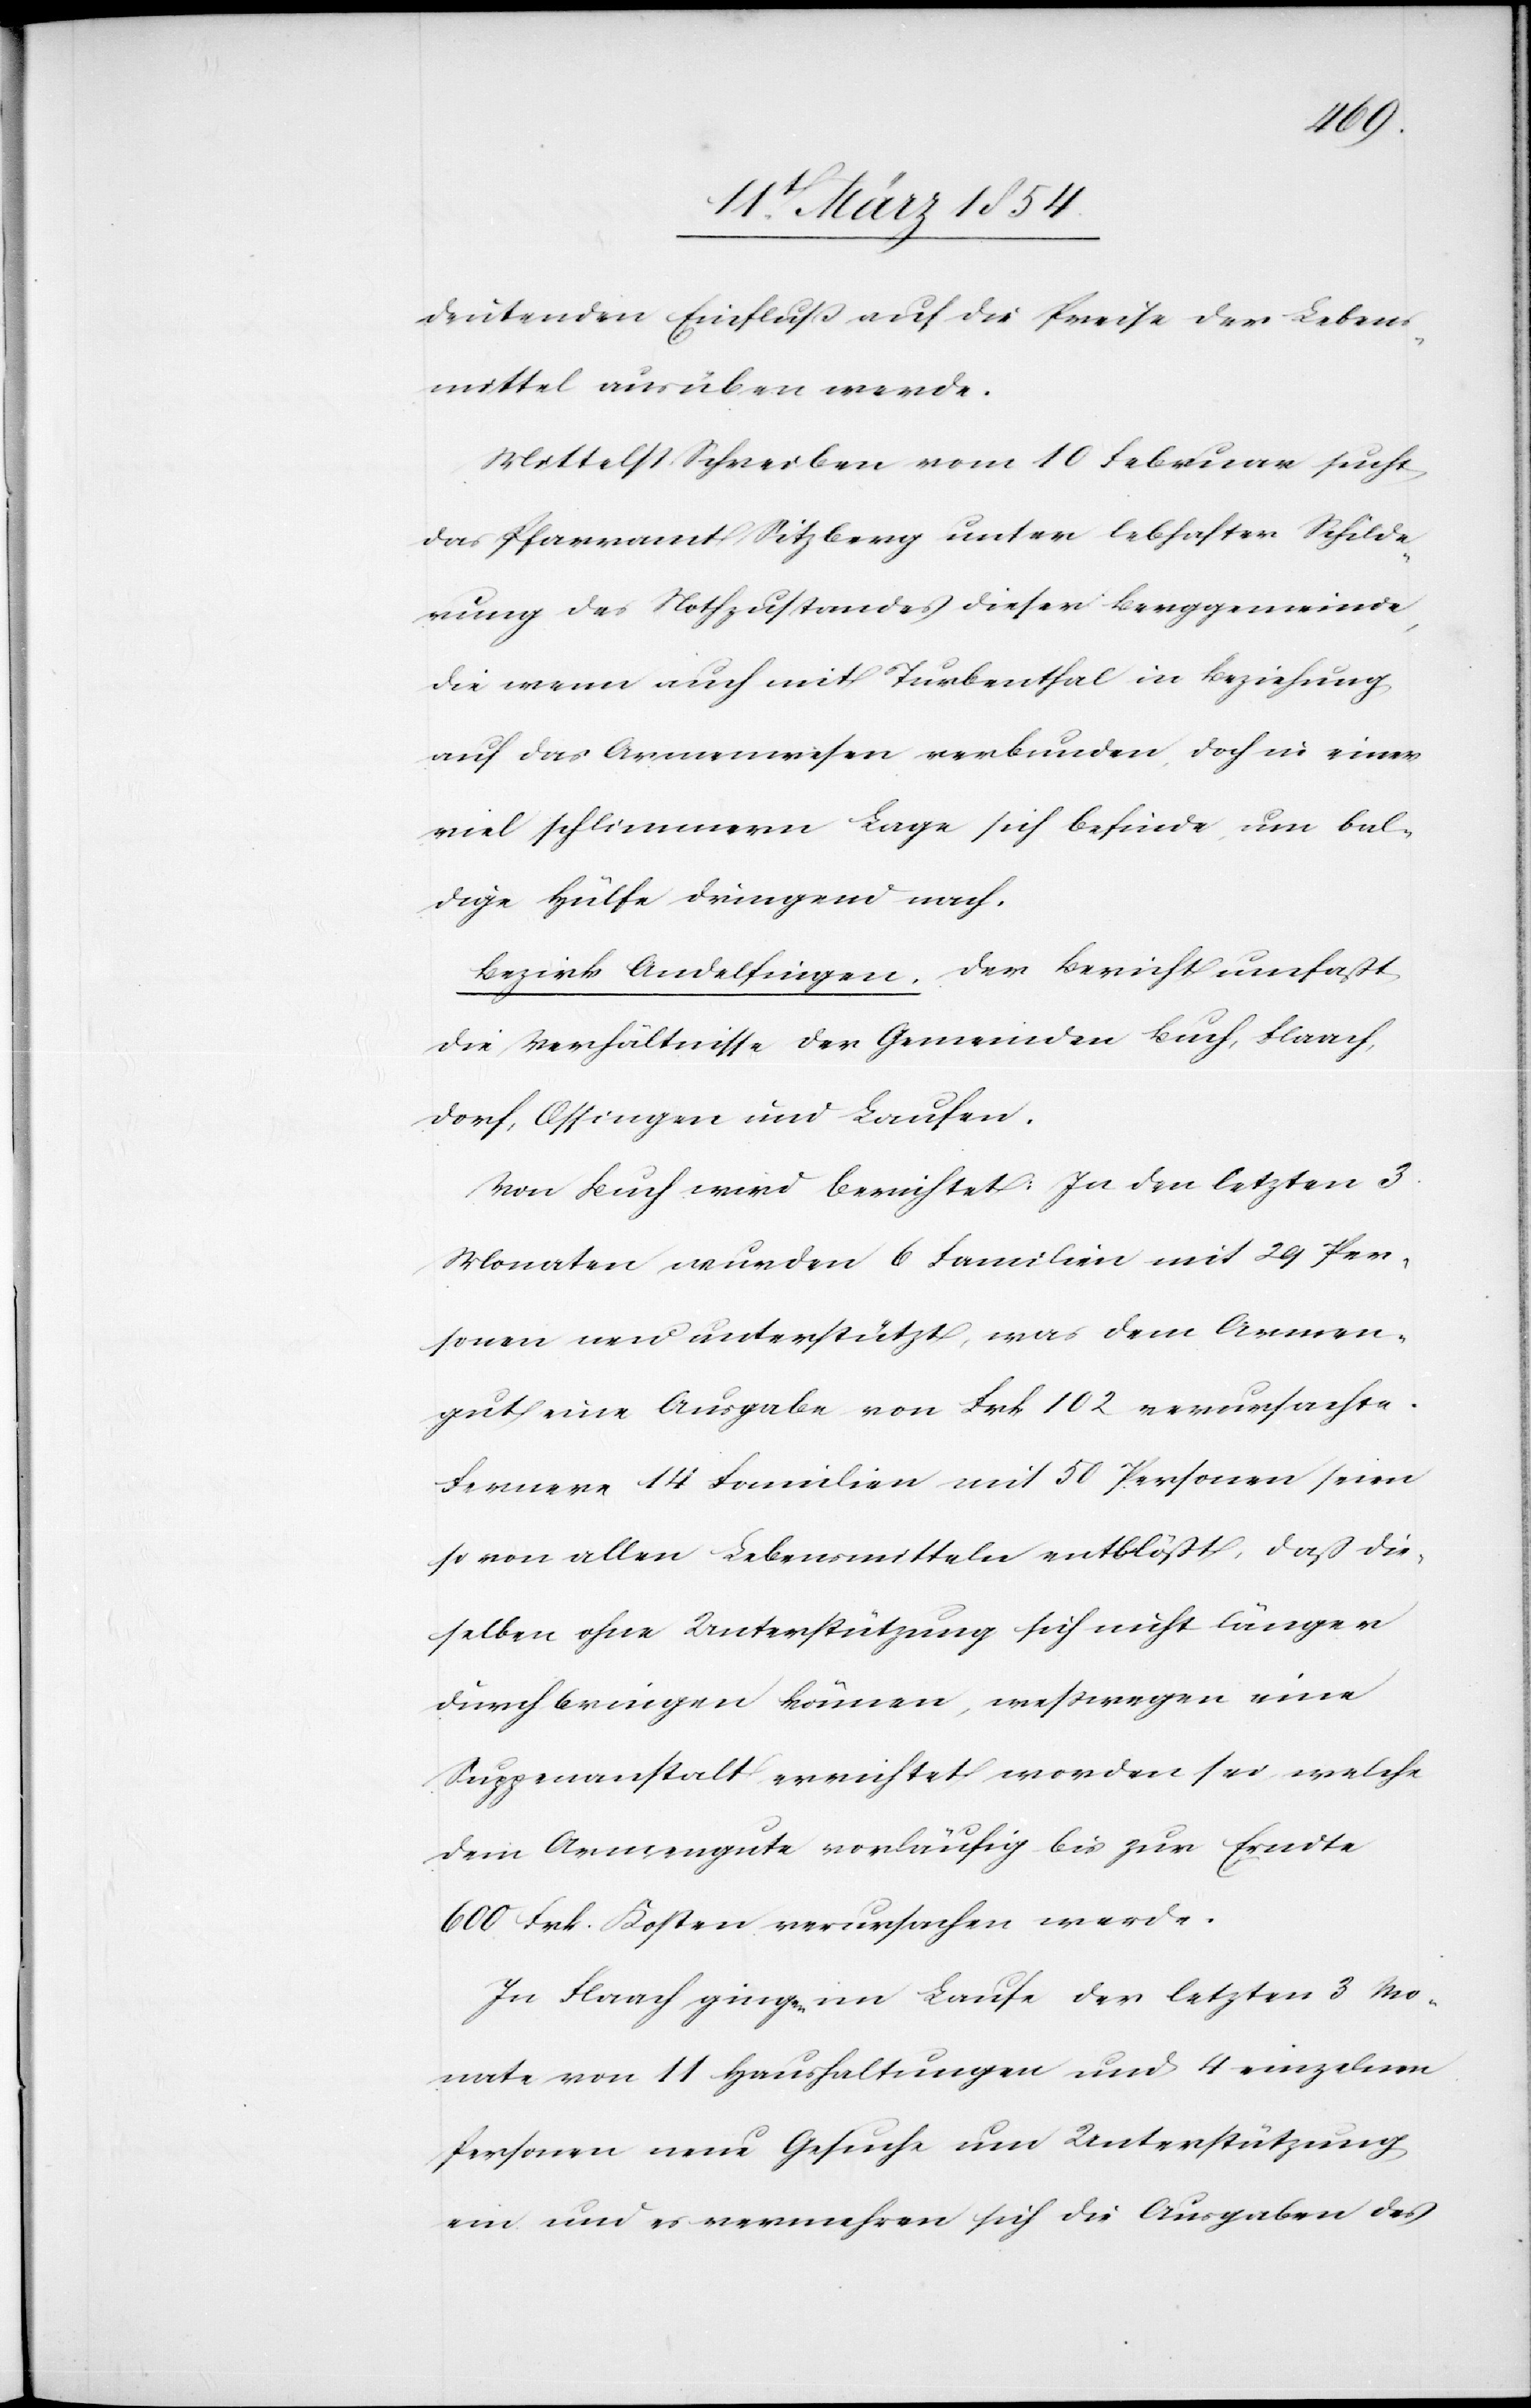
deutenden Einfluß auf die Preise der Lebens¬
mittel ausüben werde.
Mittelst Schreiben vom 10 Februar sucht
das Pfarramt Sitzberg unter lebhafter Schilde¬
rung des Nothzustandes dieser Berggemeinde,
die wenn auch mit Turbenthal in Beziehung
auf das Armenwesen verbunden, doch in einer
viel schlimmern Lage sich befinde, um bal¬
dige Hülfe dringend nach.
Bezirk Andelfingen. Der Bericht umfaßt
die Verhältnisse der Gemeinden Buch, Flaach,
Dorf, Ossingen und Laufen.
Monaten wurden 6 Familien mit 29 Per¬
sonen neu unterstützt, was dem Armen¬
gut eine Ausgabe von Frk 102 verursachte.
Ferner 14 Familien mit 50 Personen seien
so von allen Lebensmitteln entblößt, daß die¬
selben ohne Unterstützung sich nicht länger
durchbringen können, weßwegen eine
Suppenanstalt errichtet worden sei, welche
dem Armengute vorläufig bis zur Erndte
600 Frk. Kosten verursachen werde.
In Flaach ginga-en-a im Laufe der letzten 3 Mo¬
nate von 11 Haushaltungen und 4 einzelnen
Personen neue Gesuche um Unterstützung
ein und es vermehren sich die Ausgaben des